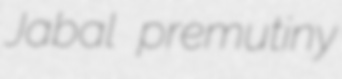
Jabal premutiny